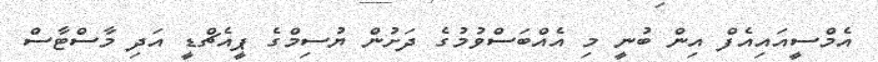
އެމްސީއައިއެފް އިން ބުނީ މި އެއްބަސްވުމުގެ ދަށުން ޔުސިމްގެ ޕީއެޗްޑީ އަދި މާސްޓާސް